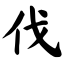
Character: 伐